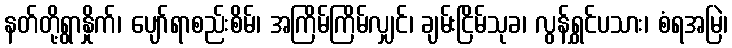
နတ်တို့ရွာနှိုက်၊ ပျော်ရာစည်းစိမ်၊ အကြိမ်ကြိမ်လျှင်၊ ချမ်းငြိမ်သုခ၊ လွန်ရွှင်ပသား၊ စံရအမြဲ၊